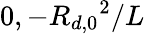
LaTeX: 0,-{R_{d,0}}^{2}/L